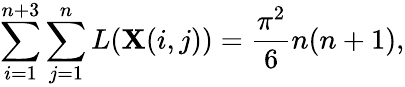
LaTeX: \sum_{i=1}^{n+3}\sum_{j=1}^{n}L(\mathbf{X}(i,j))=\frac{{\pi^{2}}}{{6}}n(n+1),